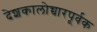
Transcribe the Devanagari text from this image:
देशकालोच्चारपूर्वक